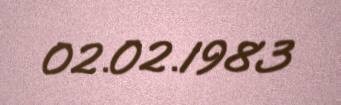
02.02.1983